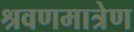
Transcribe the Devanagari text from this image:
श्रवणमात्रेण